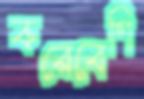
করেবেশি